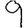
Digit: 9